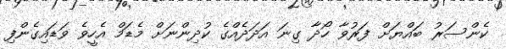
ކެންސަރު ބައްޔަށް ފަރުވާ ހޯދާ ގިނަ އަދަދެއްގެ ކުދިންނަށް މެޑަމް އެހީވެ ވަޑައިގެންފި